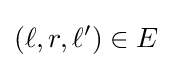
(\ell ,r,\ell ')\in E